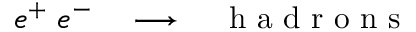
\begin{array} { r l r } { e ^ { + } \; e ^ { - } } & { { } \longrightarrow \; } & { \textrm { h a d r o n s } } \end{array}